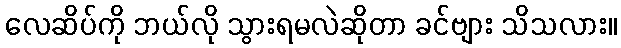
လေဆိပ်ကို ဘယ်လို သွားရမလဲဆိုတာ ခင်ဗျား သိသလား။